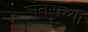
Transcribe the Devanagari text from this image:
संतराच्या